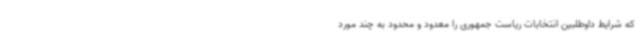
که شرایط داوطلبین انتخابات ریاست جمهوری را معدود و محدود به چند مورد